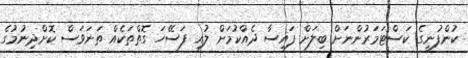
ކުންފުނީގެ ކަސްޓަމަރުންނަށް ބިލަށް ފައިސާ ދެއްކުމަށް ލުއި ފަސޭހަ ގޮތްތަކެއް ތަނަވަސް ކޮށްދިނުމުގެ